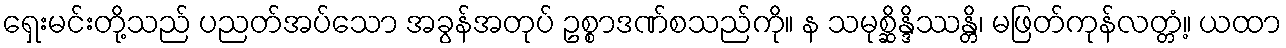
ရှေးမင်းတို့သည် ပညတ်အပ်သော အခွန်အတုပ် ဥစ္စာဒဏ်စသည်ကို။ န သမုစ္ဆိန္ဒိဿန္တိ၊ မဖြတ်ကုန်လတ္တံ့။ ယထာ